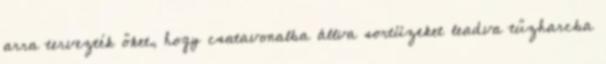
arra tervezték őket, hogy csatavonalba állva sortüzeket leadva tűzharcba